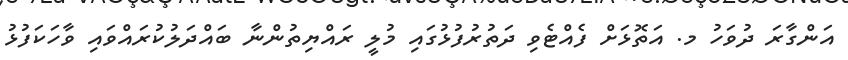
އަންގާރަ ދުވަހު މ. އަތޮޅަށް ފެއްޓެވި ދަތުރުފުޅުގައި މުލީ ރައްޔިތުންނާ ބައްދަލުކުރައްވައި ވާހަކަފުޅު